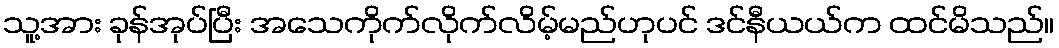
သူ့အား ခုန်အုပ်ပြီး အသေကိုက်လိုက်လိမ့်မည်ဟုပင် ဒင်နီယယ်က ထင်မိသည်။